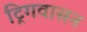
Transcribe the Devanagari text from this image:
ट्रिगवासन